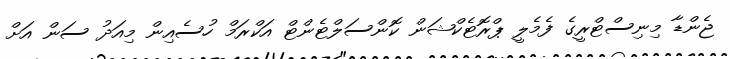
ޖެންޑާ މިނިސްޓްރީގެ ފެމެލީ ޕްރޮޓެކްޝަން ކޮންސަލްޓެންޓް އަކްރަމް ހުސެއިން މިއަދު ސަން އަށް